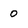
Character: O